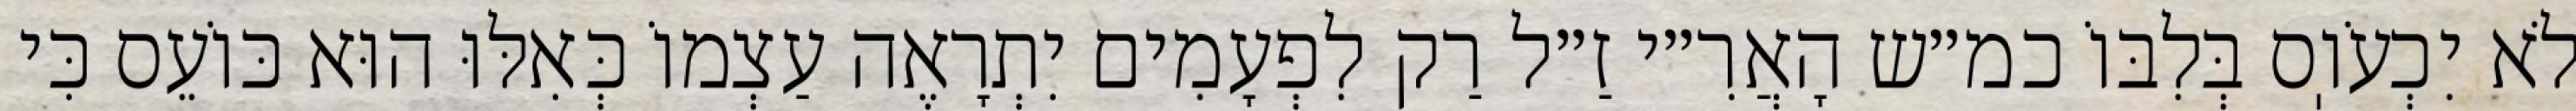
לֹא יִכְעֹוֽס בְּלִבּוֹ כמ״ש הָאֲרִ״י זַ״ל רַק לִפְעָמִים יִתְרָאֶה עַצְמוֹ כְּאִלּוּ הוּא כּוֹעֵס כִּי